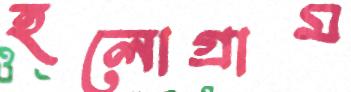
হলোগ্রাম